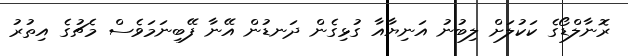
ރޮނާލްޑޯގެ ކަކުލަށް ލިބުނު އަނިޔާއާ ގުޅިގެން ދަނޑުން އޭނާ ފޭބިނަމަވެސް މެޗުގެ އިތުރު